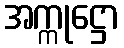
အက္ကုဋ္ဌော